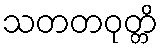
သတတဝုတ္တိ